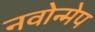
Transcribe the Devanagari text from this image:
नवोन्मेप